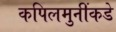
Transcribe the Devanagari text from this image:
कपिलमुनींकडे